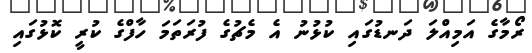
ރޯމާގެ އަމިއްލަ ދަނޑުގައި ކުޅުނު އެ މެޗުގެ ފުރަތަމަ ހާފްގެ ކުރީ ކޮޅުގައި